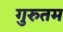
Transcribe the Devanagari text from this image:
गुरुतम